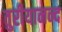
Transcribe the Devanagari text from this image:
तुरीयानन्द